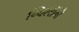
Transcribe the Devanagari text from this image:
ग्विलॉमे